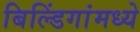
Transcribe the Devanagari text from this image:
बिल्डिंगांमध्ये